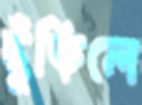
ছুঁড়িলে